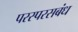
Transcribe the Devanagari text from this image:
परस्परसबंध